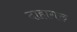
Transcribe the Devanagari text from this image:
दाहागरु